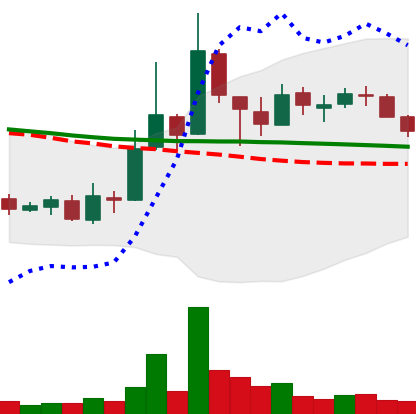
Ticker: XLM-USD
Chart end date: 2018-10-03
Forward return: 3.265%
Label: up_3_5